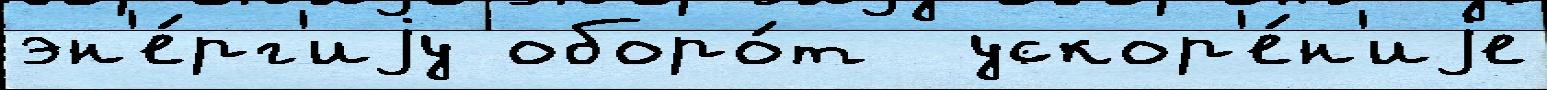
эн'е́рг'иjу оборо́т  ускор'е́н'иjе